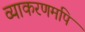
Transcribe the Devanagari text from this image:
व्याकरणमपि